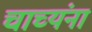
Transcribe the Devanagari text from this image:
चाच्यंना